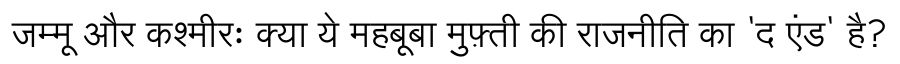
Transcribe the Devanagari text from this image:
जम्मू और कश्मीरः क्या ये महबूबा मुफ़्ती की राजनीति का 'द एंड' है?